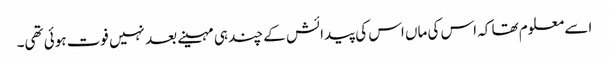
اسے معلوم تھا کہ اس کی ماں اس کی پیدائش کے چند ہی مہینے بعد نہیں فوت ہوئی تھی۔